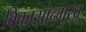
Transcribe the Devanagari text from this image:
विकासोन्मुख्